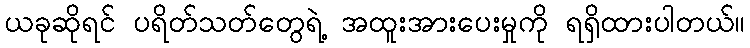
ယခုဆိုရင် ပရိတ်သတ်တွေရဲ့ အထူးအားပေးမှုကို ရရှိထားပါတယ်။